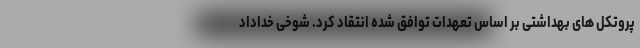
پروتکل های بهداشتی بر اساس تعهدات توافق شده انتقاد کرد. شوخی خداداد